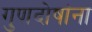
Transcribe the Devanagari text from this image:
गुणदोषांना